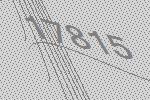
17815